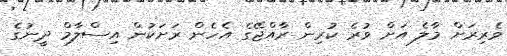
ވެރިރަށް މާލެ އަށް ވުރެ ކުރިން ރާއްޖޭގެ އެހެން ރަށަކުން އިސްލާމް ދީނުގެ